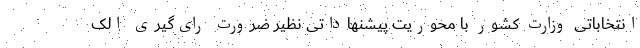
انتخاباتی وزارت کشور با محوریت پیشنهاداتی نظیر ضرورت رای‌گیری الک